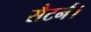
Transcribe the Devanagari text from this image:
सैटर्न।